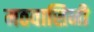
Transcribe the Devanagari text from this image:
मठवासिनी